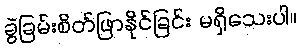
ခွဲခြမ်းစိတ်ဖြာနိုင်ခြင်း မရှိသေးပါ။